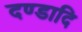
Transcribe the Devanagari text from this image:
दण्डादि